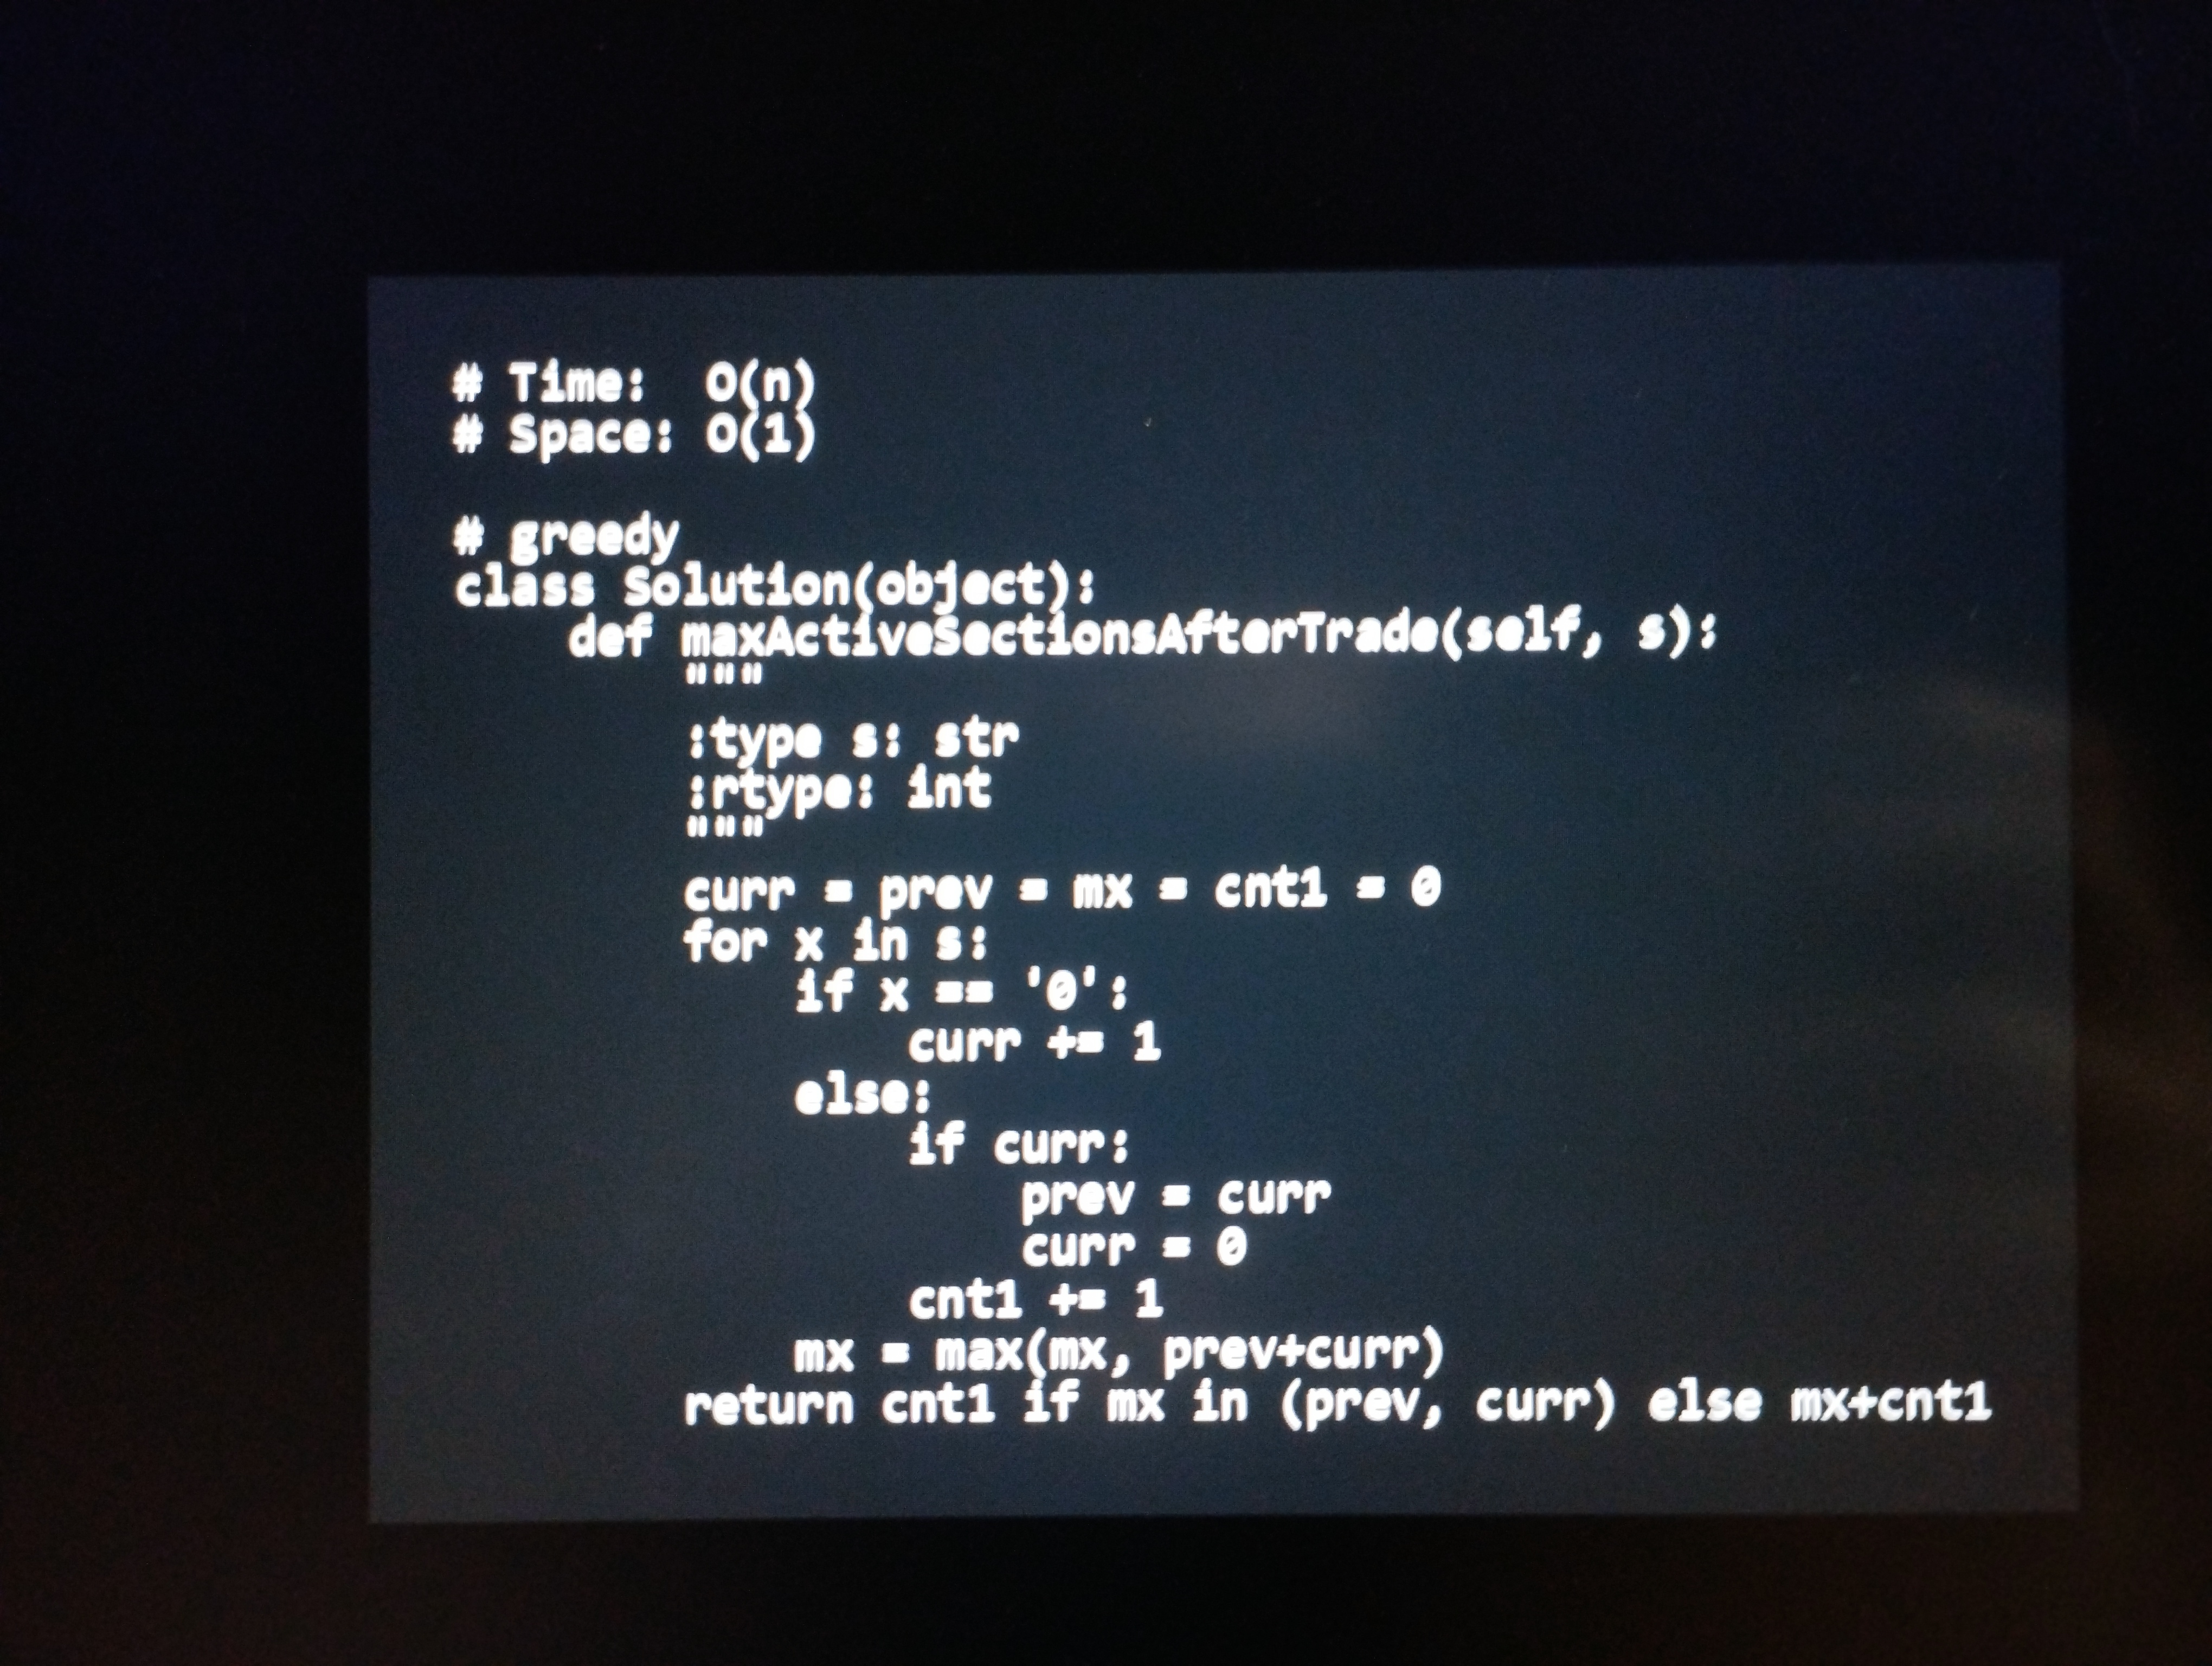
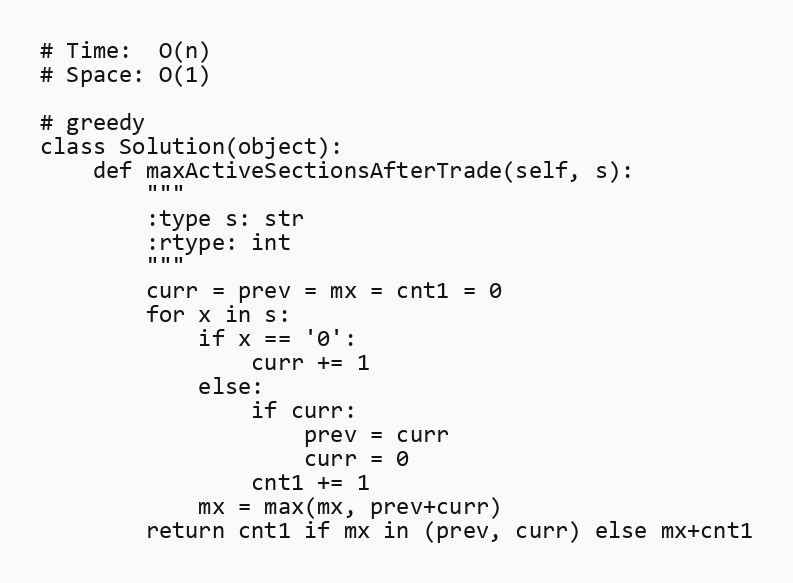
# Time:  O(n)
# Space: O(1)

# greedy
class Solution(object):
    def maxActiveSectionsAfterTrade(self, s):
        """
        :type s: str
        :rtype: int
        """
        curr = prev = mx = cnt1 = 0
        for x in s:
            if x == '0':
                curr += 1
            else:
                if curr:
                    prev = curr
                    curr = 0
                cnt1 += 1
            mx = max(mx, prev+curr)
        return cnt1 if mx in (prev, curr) else mx+cnt1